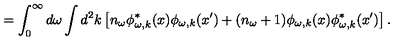
= \int _ { 0 } ^ { \infty } d \omega \int d ^ { 2 } k \left[ n _ { \omega } \phi _ { \omega , k } ^ { * } ( x ) \phi _ { \omega , k } ( x ^ { \prime } ) + ( n _ { \omega } + 1 ) \phi _ { \omega , k } ( x ) \phi _ { \omega , k } ^ { * } ( x ^ { \prime } ) \right] .